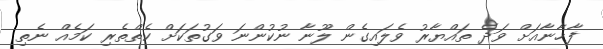
ފާޚާނާއަށް ވަދެ ތައްޔާރު ވެލައިގެން ލޫނާ ނުކުންނަ ވަގުތަކަށް ކެތްތެރި ކަމެއް ނެތި